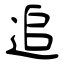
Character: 追